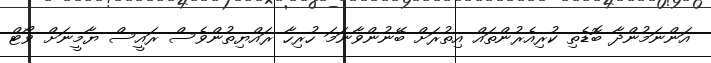
އަންނަމުންދާ ބޮޑެތި ކުރިއެރުންތައް އިތުރަަށް ބޭނުންވާނަމަ ހުރިހާ ރައްޔިތުންވެސް ރައީސް ޔާމީނަށް ވޯޓް